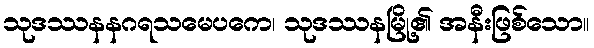
သုဒဿနနဂရသမေပကေ၊ သုဒဿနမြို့၏ အနီးဖြစ်သော။